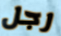
رجل